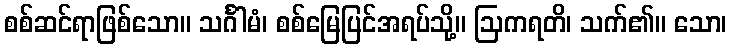
စစ်ဆင်ရာဖြစ်သော။ သင်္ဂါမံ၊ စစ်မြေပြင်အရပ်သို့။ ဩကရတိ၊ သက်၏။ သော၊